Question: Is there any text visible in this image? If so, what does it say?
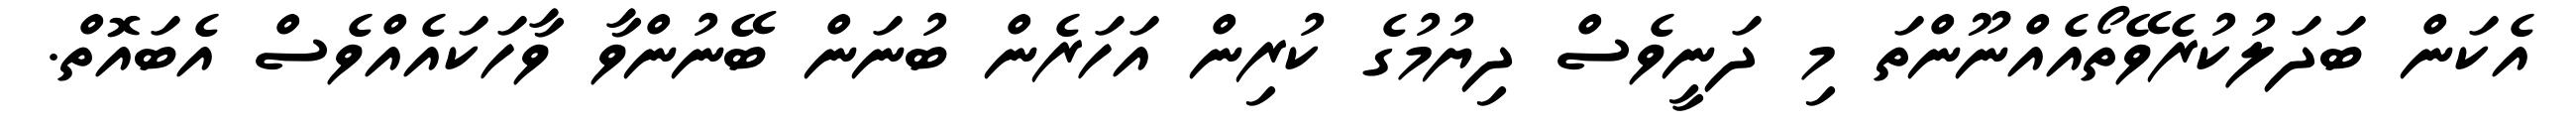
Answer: އެކަން ބަދަލުކުރެވޭތޯއެއްނޫންތަ މި ދަނީވެސް ދިޔުމުގެ ކުރިން އަހަރެން ބުނަން ބޭނުންވާ ވާހަކައެއްވެސް އެބައޮތް.